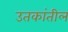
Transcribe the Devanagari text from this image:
उतकांतील